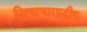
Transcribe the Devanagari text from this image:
नित्याचारप्रदीपः